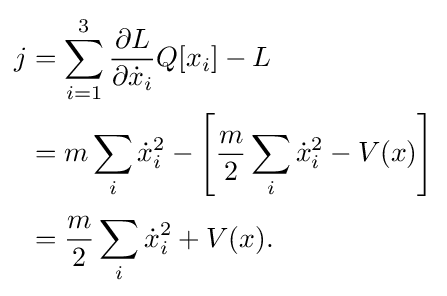
{\begin{aligned}j&=\sum _{i=1}^{3}{\frac {\partial L}{\partial {\dot {x}}_{i}}}Q[x_{i}]-L\\&=m\sum _{i}{\dot {x}}_{i}^{2}-\left[{\frac {m}{2}}\sum _{i}{\dot {x}}_{i}^{2}-V(x)\right]\\[3pt]&={\frac {m}{2}}\sum _{i}{\dot {x}}_{i}^{2}+V(x).\end{aligned}}